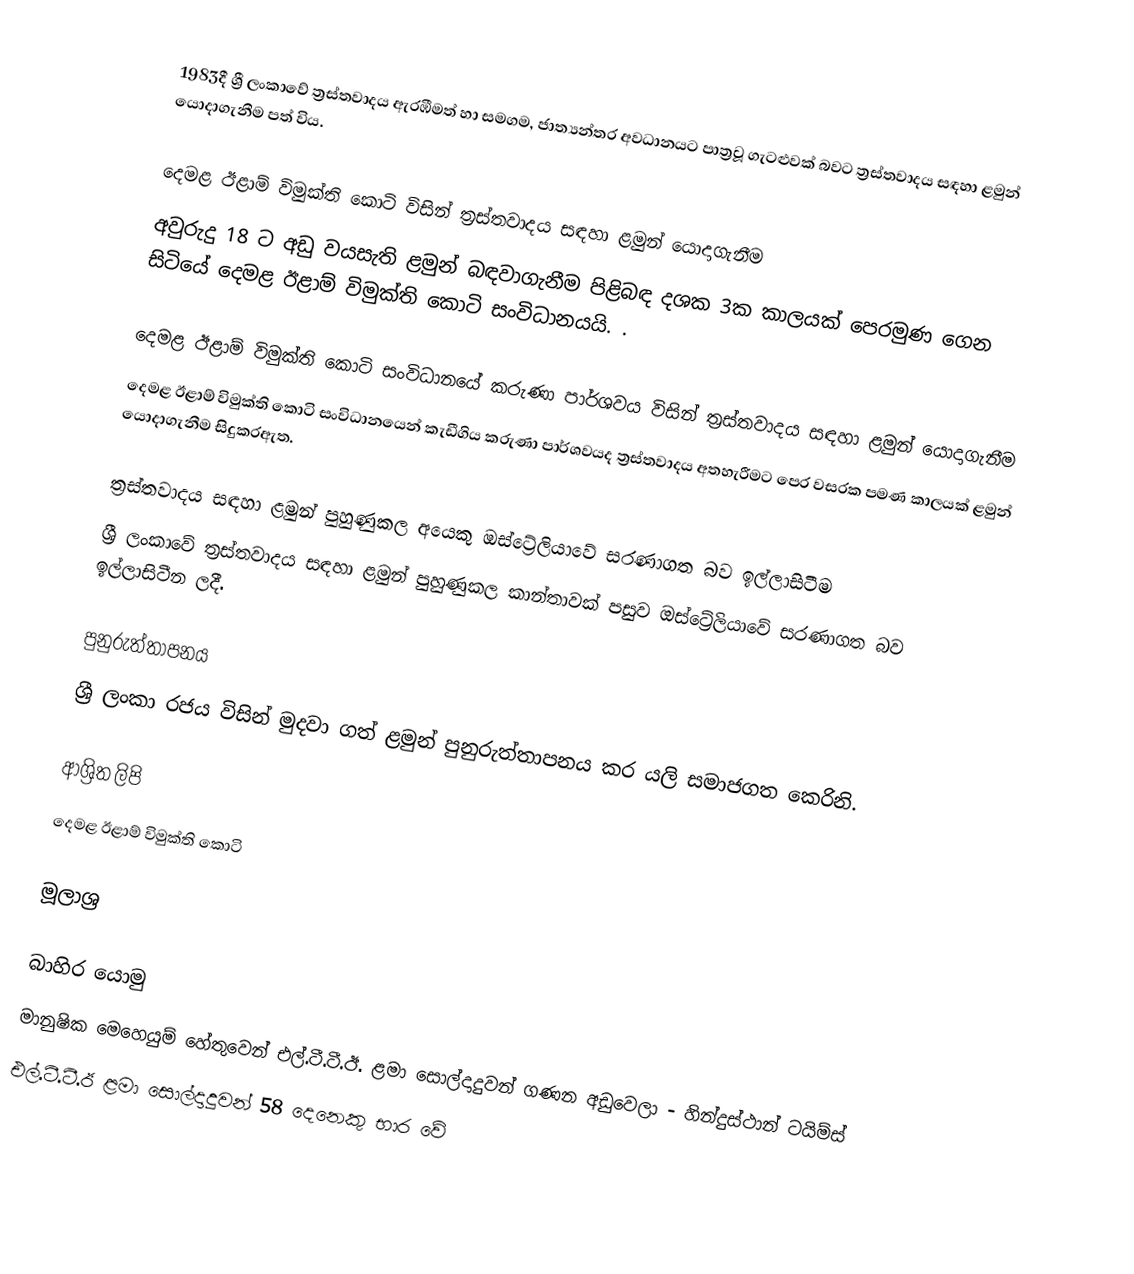
1983දී ශ්‍රී ලංකාවේ ත්‍රස්තවාදය ඇරඹීමත් හා සමගම, ජාත්‍යන්තර අවධානයට පාත්‍රවූ ගැටළුවක් බවට ත්‍රස්තවාදය සඳහා ළමුන් යොදාගැනීම පත් විය.

දෙමළ ඊළාම් විමුක්ති කොටි විසින් ත්‍රස්තවාදය සඳහා ළමුන් යොදාගැනීම
අවුරුදු 18 ට අඩු වයසැති ළමුන් බඳවාගැනීම පිළිබඳ දශක 3ක කාලයක් පෙරමුණ ගෙන සිටියේ  දෙමළ ඊළාම් විමුක්ති කොටි සංවිධානයයි. .

දෙමළ ඊළාම් විමුක්ති කොටි සංවිධානයේ කරුණා පාර්ශවය විසින් ත්‍රස්තවාදය සඳහා ළමුන් යොදාගැනීම
දෙමළ ඊළාම් විමුක්ති කොටි  සංවිධානයෙන් කැඩීගිය කරුණා පාර්ශවයද ත්‍රස්තවාදය අතහැරීමට පෙර වසරක පමණ කාලයක් ළමුන් යොදාගැනීම සිදුකරඇත.

ත්‍රස්තවාදය සඳහා ළමුන් පුහුණුකල අයෙකු ඔස්ට්‍රේලියාවේ සරණාගත බව ඉල්ලාසිටීම
ශ්‍රී ලංකාවේ ත්‍රස්තවාදය සඳහා ළමුන් පුහුණුකල කාන්තාවක් පසුව ඔස්ට්‍රේලියාවේ සරණාගත බව ඉල්ලාසිටීන ලදී.

පුනුරුත්තාපනය
ශ්‍රී ලංකා රජය විසින් මුදවා ගත් ළමුන් පුනුරුත්තාපනය කර යලි සමාජගත කෙරිනි.

ආශ්‍රිත ලිපි
 දෙමළ ඊළාම් විමුක්ති කොටි

මූලාශ්‍ර

බාහිර යොමු
 මානුෂික මෙහෙයුම් හේතුවෙන් එල්.ටී.ටී.ඊ. ළමා සොල්දාදුවන් ගණන අඩුවෙලා - හින්දුස්ථාන් ටයිම්ස්
 එල්.ටී.ටී.ඊ ළමා සොල්දාදුවන් 58 දෙනෙකු භාර වේ